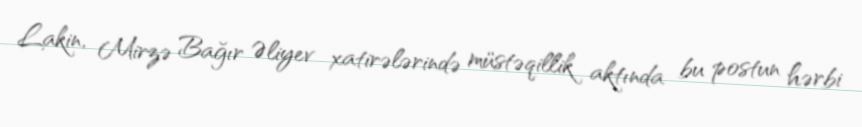
Lakin, Mirzə Bağır Əliyev xatirələrində müstəqillik aktında bu postun hərbi